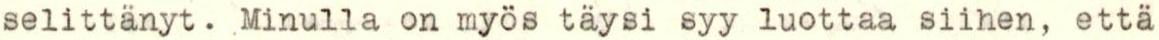
selittänyt. Minulla on myös täysi syy luottaa siihen, että